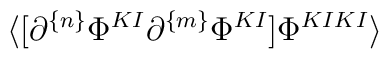
\langle [\partial^{\{n\}}\Phi^{KI}\partial^{\{m\}}\Phi^{KI}] \Phi^{KIKI}\rangle